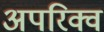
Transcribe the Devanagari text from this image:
अपरिक्व